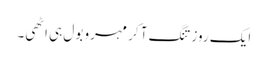
ایک روز تنگ آ کر مہرو بول ہی اٹھی۔